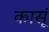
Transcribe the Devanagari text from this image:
कासूं